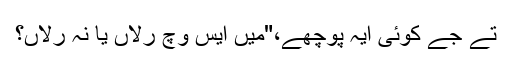
تے جے کوئی ایہ پوچھے،"میں ایس وچ رلاں یا نہ رلاں؟